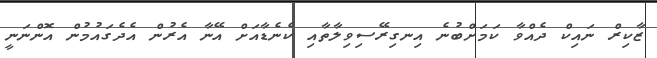
ޒާކިރް ނައިކް ދެއްވާ ކަމަށްބުނެ އިނގިރޭސިވިލާތާއި ކެނެޑާއަށް އޭނާ އެރުން އެދެގައުމުން އޮންނަނީ